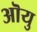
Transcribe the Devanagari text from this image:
ऒयु